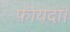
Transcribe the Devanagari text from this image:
फ़ायदा।